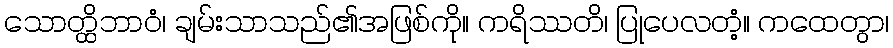
သောတ္ထိဘာဝံ၊ ချမ်းသာသည်၏အဖြစ်ကို။ ကရိဿတိ၊ ပြုပေလတံ့။ ကထေတွာ၊